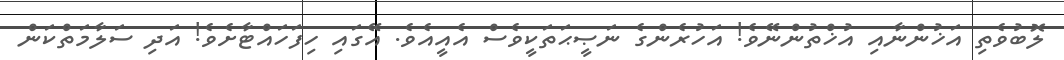
ލޮބުވެތި އަޚުންނާއި އުޚްތުންނޭވެ! އަހުރެންގެ ނަޞީޙަތަކީވެސް އެއީއެވެ. އޭގައި ހިފަހައްޓާށެވެ! އަދި ސަލާމަތްކަން